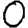
Digit: 0